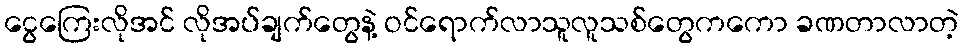
ငွေကြေးလိုအင် လိုအပ်ချက်တွေနဲ့ ဝင်ရောက်လာသူလူသစ်တွေကကော ခဏတာလာတဲ့